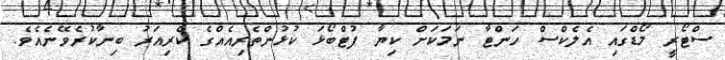
ސްޓޯރީ މޯޑްގައި އެލެކްސް ހަންޓާ ނަމަކަށް ކިޔާ ފުޓްބޯޅަ ކުޅުންތެރިއެއްގެ ކެރިއަރު ބިނާކުރެވޭނެއެވެ.